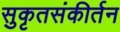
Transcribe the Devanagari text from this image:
सुकृतसंकीर्तन